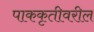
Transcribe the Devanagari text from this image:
पाककृतीवरील